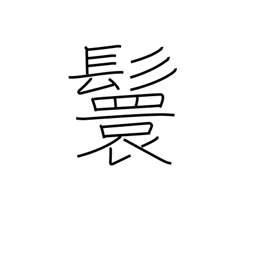
Meaning: male hairstyle of looped ponytails